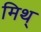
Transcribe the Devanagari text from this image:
मिथ्